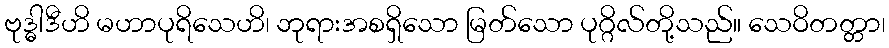
ဗုဒ္ဓါဒီဟိ မဟာပုရိသေဟိ၊ ဘုရားအစရှိသော မြတ်သော ပုဂ္ဂိလ်တို့သည်။ သေဝိတတ္တာ၊